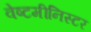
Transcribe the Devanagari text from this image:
वेष्टमीनिस्टर